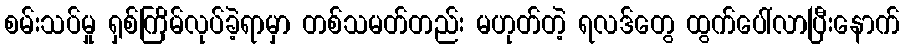
စမ်းသပ်မှု ရှစ်ကြိမ်လုပ်ခဲ့ရာမှာ တစ်သမတ်တည်း မဟုတ်တဲ့ ရလဒ်တွေ ထွက်ပေါ်လာပြီးနောက်